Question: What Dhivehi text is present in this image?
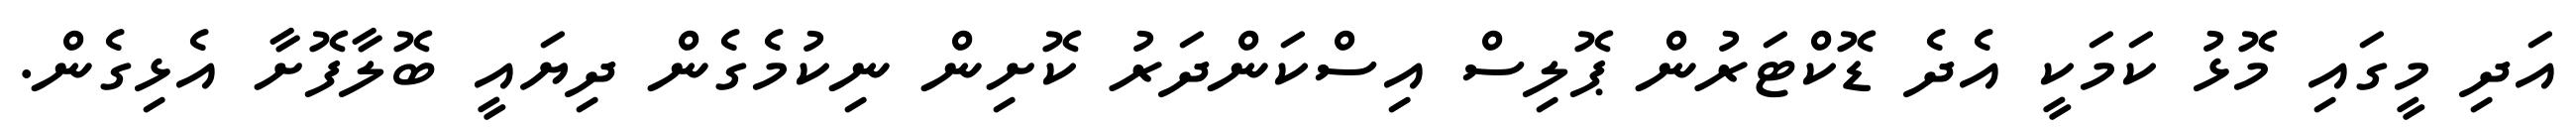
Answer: އަދި މީގައި މޮޅު ކަމަކީ އެދެ ޑޮކްޓަރުން ޕޮލިސް އިސްކަންދަރު ކޮށިން ނިކުމެގެން ދިޔައީ ބޮލާފޮށާ އެޅިގެން.